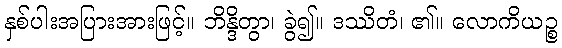
နှစ်ပါးအပြားအားဖြင့်။ ဘိန္ဒိတွာ၊ ခွဲ၍။ ဒဿိတံ၊ ၏။ လောကိယဉ္စ